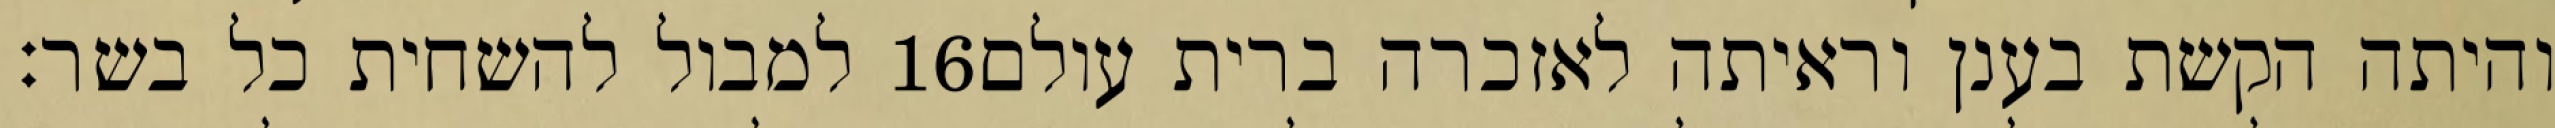
למבול להשחית כל בשר׃ ‎16‏ והיתה הקשת בענן וראיתה לאזכרה ברית עולם